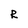
Character: R